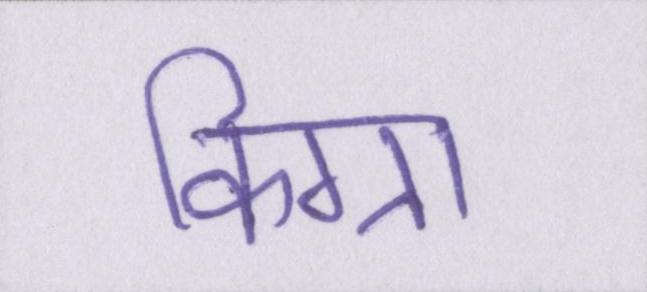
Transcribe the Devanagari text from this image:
किग्रा